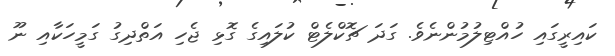
ކައިރީގައި ހުއްޓިލުމުންނެވެ. ގަދަ ޗޮކްލެޓް ކުލައިގެ ގޮޅި ޖެހި އަތްދިގު ގަމީހަކާއި ނޫ